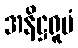
အနိဋ္ဌရူပံ